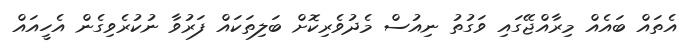
އެތައް ބައެއް މިރާއްޖޭގައި ވަގުތު ނިއުސް މެދުވެރިކޮށް ބަލިތަކައް ފަރުވާ ނުކުރެވިގެން އެހީއައް